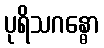
ပုရိသဂန္ဓော